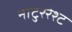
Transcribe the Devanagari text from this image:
नाटुररेश्ट